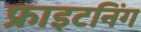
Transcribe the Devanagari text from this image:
फ्राइटनिंग